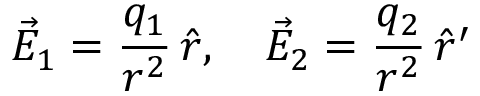
\vec { E } _ { 1 } = { \frac { q _ { 1 } } { r ^ { 2 } } } \, \hat { r } , \quad \vec { E } _ { 2 } = { \frac { q _ { 2 } } { r ^ { 2 } } } \, \hat { r } ^ { \prime }